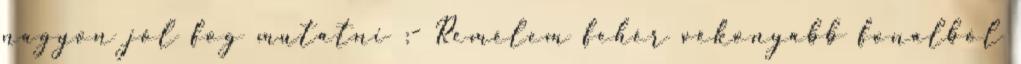
nagyon jól fog mutatni :- Remélem fehér vékonyabb fonalból